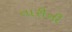
તારીની